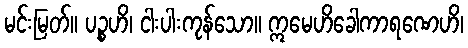
မင်းမြတ်။ ပဉ္စဟိ၊ ငါးပါးကုန်သော။ ဣမေဟိခေါကာရဏေဟိ၊